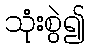
သုံးစွဲ၍